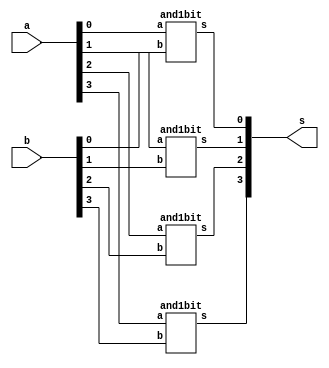
module and4bit(a,b,s);

input	[3:0]a,b;
output [3:0]s;

and1bit and_u3(.a(a[3]), .b(b[3]), .s(s[3]));
and1bit and_u2(.a(a[2]), .b(b[2]), .s(s[2]));
and1bit and_u1(.a(a[1]), .b(b[1]), .s(s[1]));
and1bit and_u0(.a(a[0]), .b(b[0]), .s(s[0]));

endmodule 

module and1bit(a,b,s);

input a,b;
output s;

assign s = a & b;

endmodule